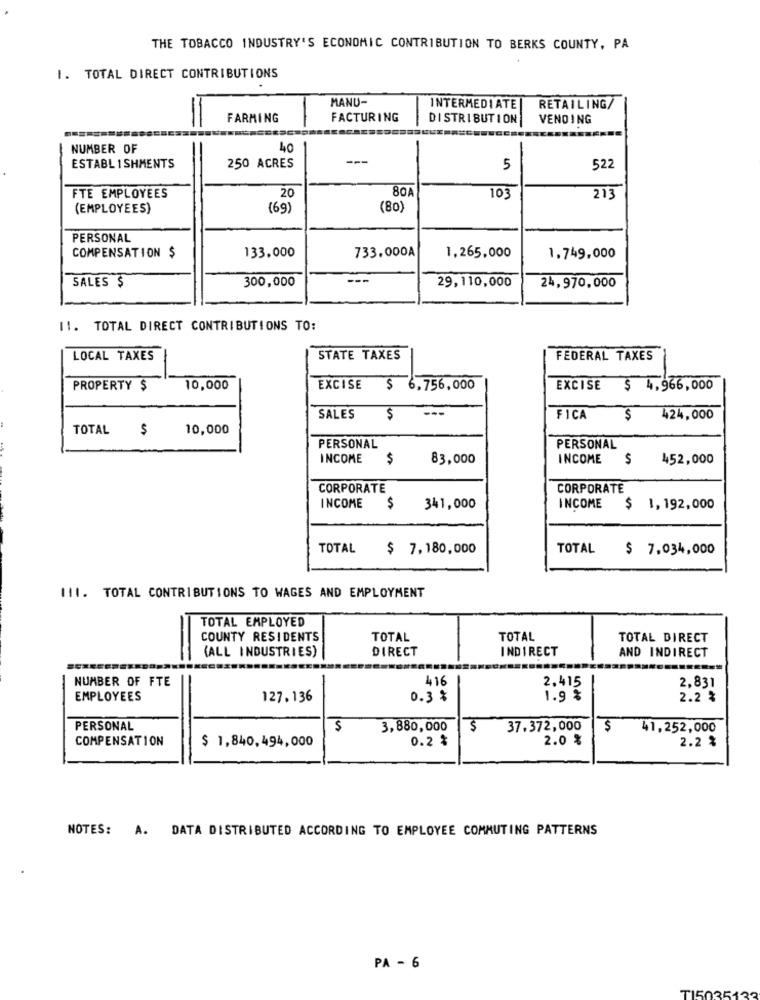
THE TOBACCO INDUSTRY'S ECONOMIC CONTRIBUTION TO BERKS COUNTY, PA
I. TOTAL DIRECT CONTRIBUTIONS
MANU-
INTERMEDIATE
RETAILING/
FARMING
FACTURING
DISTRIBUTION
VEND ING
NUMBER OF
40
-
---
ESTABL 1 SHMENTS
250 ACRES
5
522
20
80
FTE EMPLOYEES
103
213
(EMPLOYEES)
(69)
(80)
PERSONAL
COMPENSATION $
133,000
733.000A
1,265,000
1.749,000
SALES $
300,000
29,110,000
24,970,000
11. TOTAL DIRECT CONTRIBUTIONS TO:
LOCAL TAXES
STATE TAXES
FEDERAL TAXES
PROPERTY $
10,000
EXCISE $ 6.756,000
EXCISE
$ 4,966,000
---
SALES
$
FICA
$
424,000
TOTAL $
10,000
PERSONAL
PERSONAL
INCOME
$
83,000
INCOME
$
452,000
CORPORATE
CORPORATE
INCOME
$
341,000
INCOME
$ 1,192,000
TOTAL
$ 7,180,000
TOTAL
$ 7.034,000
111. TOTAL CONTRIBUTIONS TO WAGES AND EMPLOYMENT
TOTAL EMPLOYED
COUNTY RESIDENTS
TOTAL
TOTAL
TOTAL DIRECT
DIRECT
INDIRECT
(ALL INDUSTRIES)
AND INDIRECT
NUMBER OF FTE
416
2.415
2,831
EMPLOYEES
127. 136
0.3 %
1.9 %
2.2 2
PERSONAL
$
3,880,000
$
37.372,000
$
41,252,000
COMPENSATION
$ 1,840,494,000
0.2 %
2.0 %
2.2 %
NOTES: A. DATA DISTRIBUTED ACCORDING TO EMPLOYEE COMMUTING PATTERNS
PA - 6
TI5035132